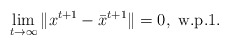
\begin{align*}&\lim_{t\to\infty}\|x^{t+1}-\bar{x}^{t+1}\|= 0,\ \mbox{w.p.1.}\end{align*}